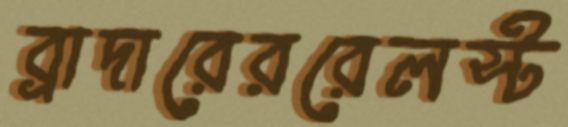
ব্রাদারেররেলস্ট